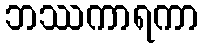
ဘဿကာရကာ